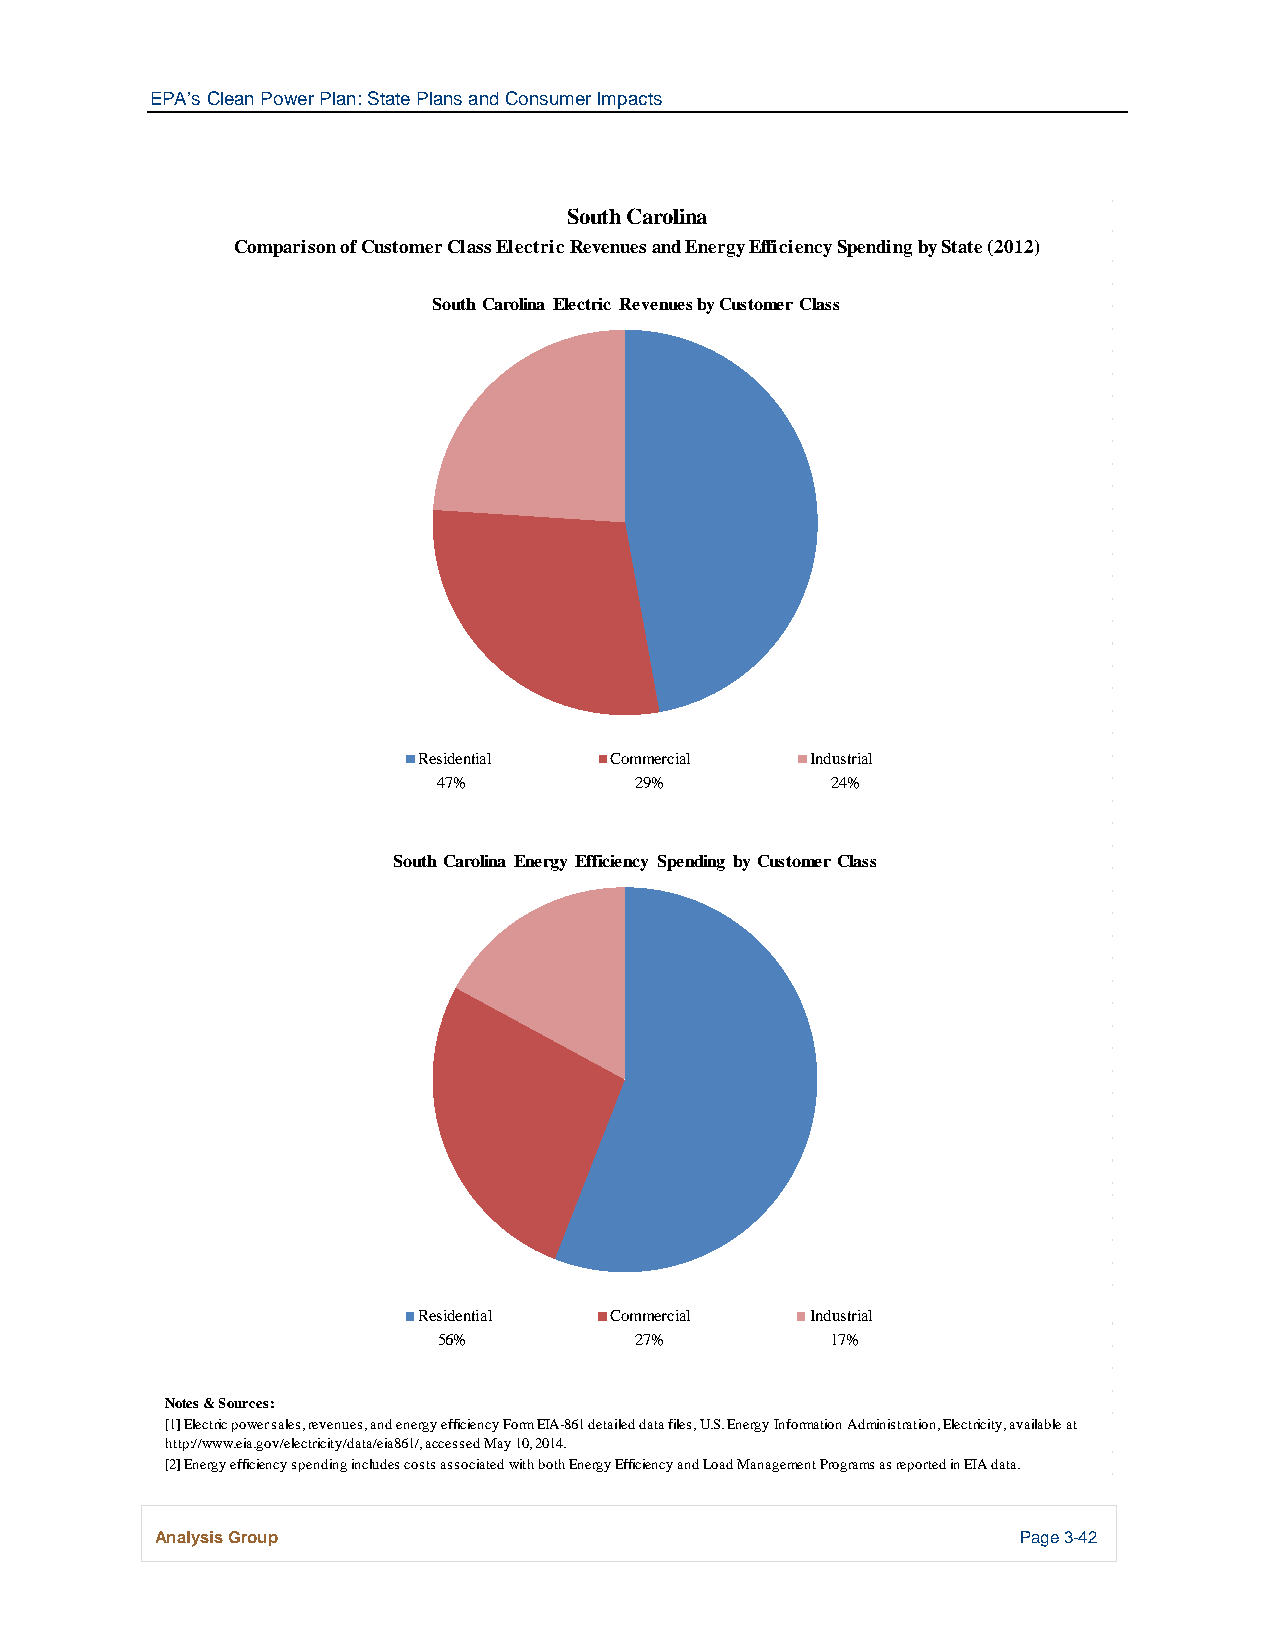
EPA’s Clean Power Plan: State Plans and Consumer Impacts
 South Carolina
 Comparison of Customer Class Electric Revenues and Energy Efficiency Spending by State (2012)
 South Carolina Electric Revenues by Customer Class
 Residential Commercial    Industrial
 47%          29%          24%
 South Carolina Energy Efficiency Spending by Customer Class
 Residential Commercial    Industrial
 56%          27%          17%
 Notes & Sources:
 [1] Electric power sales, revenues, and energy efficiency Form EIA-861 detailed data files, U.S. Energy Information Administration, Electricity, available at
 http://www.eia.gov/electricity/data/eia861/, accessed May 10, 2014.
 [2] Energy efficiency spending includes costs associated with both Energy Efficiency and Load Management Programs as reported in EIA data.
 Analysis Group                                            Page 3-42